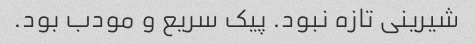
شیرینی تازه نبود. پیک سریع و مودب بود.